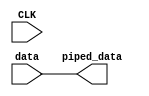
module datapipe (CLK,
                 data,
                 piped_data);
 
	parameter data_width = 32;
	parameter pipe_steps = 0;
	parameter keep_register_names = "YES";
	
	input wire CLK;
	input wire [data_width-1:0] data;
	output wire [data_width-1:0] piped_data;

	genvar i;
	generate
		if (pipe_steps>0) begin

			(* KEEP = keep_register_names *) reg [data_width-1:0] pipes [pipe_steps-1:0];
			
			always@(posedge CLK) begin
				pipes[0] <= data;
			end
			
			for (i=1;i<pipe_steps;i=i+1) begin : SHIFTS
				always@(posedge CLK) begin
					pipes[i] <= pipes[i-1];
				end
			end
			
			assign piped_data = pipes[pipe_steps-1];	  

		end else begin

			assign piped_data = data;	  
		
		end
	endgenerate

endmodule